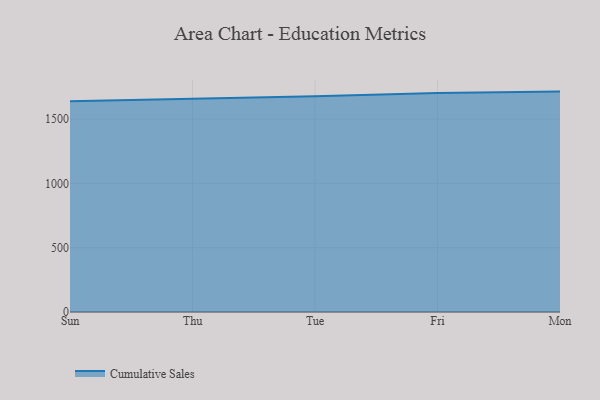
{"axis": {"x": "Day", "y": "LTV (USD)"}, "legend": ["Cumulative Sales"], "data": [{"x": "Sun", "y": 1638.8, "type": "Cumulative Sales"}, {"x": "Thu", "y": 1657.6, "type": "Cumulative Sales"}, {"x": "Tue", "y": 1677.4, "type": "Cumulative Sales"}, {"x": "Fri", "y": 1702.2, "type": "Cumulative Sales"}, {"x": "Mon", "y": 1713.4, "type": "Cumulative Sales"}]}